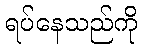
ရပ်နေသည်ကို